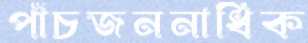
পাঁচজননাধিক